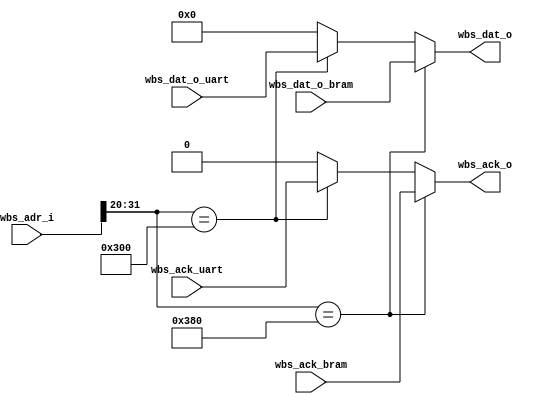
`default_nettype wire
module WBdecoder (
    // input wire    wb_clk_i,
    // input wire    wb_rst_i,
    input wire    [31:0] wbs_adr_i,
    output reg   wbs_ack_o,
    output reg   [31:0] wbs_dat_o,

    //uart
    input          wbs_ack_uart,
    input         [31:0] wbs_dat_o_uart,  

    //bram
    input           wbs_ack_bram,
    input    [31:0] wbs_dat_o_bram

);


//decoder
    always @(*) begin
        if(wbs_adr_i[31:20] == 12'h380) begin
            wbs_ack_o = wbs_ack_bram;
            wbs_dat_o = wbs_dat_o_bram;          
        end    
        else if(wbs_adr_i[31:20] == 12'h300) begin
            wbs_ack_o = wbs_ack_uart;
            wbs_dat_o = wbs_dat_o_uart;          
        end
        else begin
            wbs_ack_o = 0;
            wbs_dat_o = 0;           
        end                     
    end
    
endmodule
`default_nettype wire